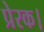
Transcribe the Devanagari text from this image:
प्रेरक।